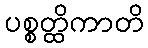
ပစ္စတ္ထိကာတိ